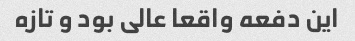
این دفعه واقعا عالی بود و تازه